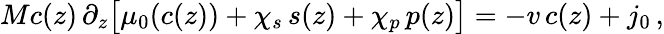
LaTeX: Mc(z)\, \partial_{z}\bigl[\mu_{0}(c(z))+\chi_{s}\, s(z)+\chi_{p}\, p(z)\bigr]=-v\, c(z)+j_{0}\, ,